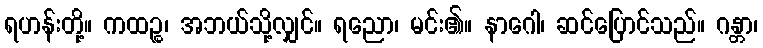
ရဟန်းတို့။ ကထဉ္စ၊ အဘယ်သို့လျှင်။ ရညော၊ မင်း၏။ နာဂေါ၊ ဆင်ပြောင်သည်။ ဂန္တာ၊